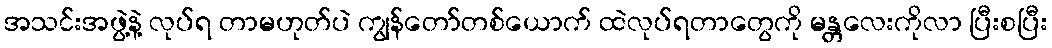
အသင်းအဖွဲ့နဲ့ လုပ်ရ တာမဟုတ်ပဲ ကျွန်တော်တစ်ယောက် ထဲလုပ်ရတာတွေကို မန္တလေးကိုလာ ပြီးစပြီး